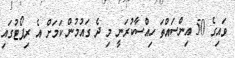
ވައިގެ 50 އިންސައްތަ ހިއްސާކުރަނީ މި ދެ ގައުމުން ކަމަށް އެ ރިޕޯޓުގައި